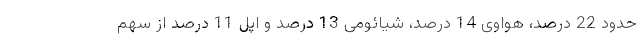
حدود 22 درصد، هواوی 14 درصد، شیائومی 13 درصد و اپل 11 درصد از سهم